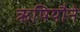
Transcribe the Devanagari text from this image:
ऋषियौने